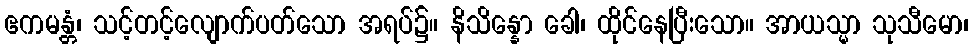
ဧကမန္တံ၊ သင့်တင့်လျောက်ပတ်သော အရပ်၌။ နိသိန္နော ခေါ၊ ထိုင်နေပြီးသော။ အာယသ္မာ သုသီမော၊